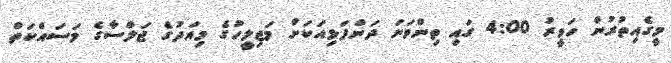
މީގެއިތުރުން ހަވީރު 4:00 ގައި ތިންވަނަ ދަންފަޅިއަކަށް މަޖިލީހުގެ މިއަދުގެ ޖަލްސާގެ މަސައްކަތް